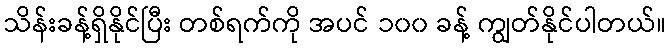
သိန်းခန့်ရှိနိုင်ပြီး တစ်ရက်ကို အပင် ၁၀၀ ခန့် ကျွတ်နိုင်ပါတယ်။